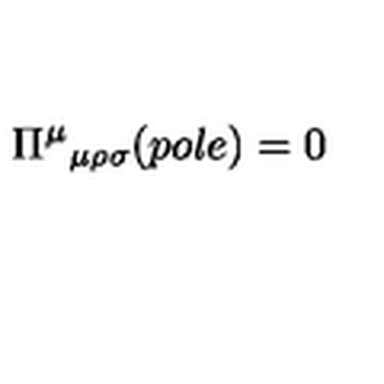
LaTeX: \Pi ^ { \mu } { } _ { \mu \rho \sigma } ( p o l e ) = 0